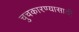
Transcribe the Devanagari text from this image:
चुचकारण्यासाठी